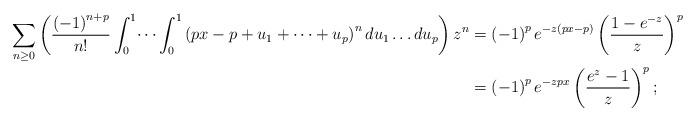
LaTeX: \begin{align*}\sum_{n\ge0}\left(\frac{\left(-1\right)^{n+p}}{n!}\int_{0}^{1}\dots\int_{0}^{1}\left(px-p+u_{1}+\dots+u_{p}\right)^{n}du_{1}\dots du_{p}\right)z^{n} & =\left(-1\right)^{p}e^{-z\left(px-p\right)}\left(\frac{1-e^{-z}}{z}\right)^{p}\\ & =\left(-1\right)^{p}e^{-zpx}\left(\frac{e^{z}-1}{z}\right)^{p};\end{align*}